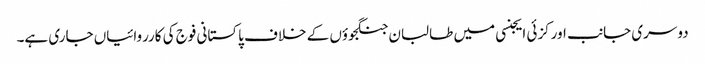
دوسری جانب اورکزئی ایجنسی میں طالبان جنگجوؤں کے خلاف پاکستانی فوج کی کارروائیاں جاری ہے۔